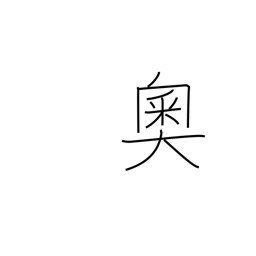
Meaning: heart